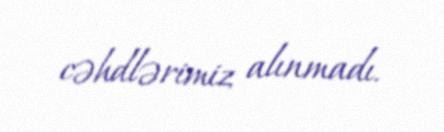
cəhdlərimiz alınmadı.